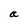
Character: a